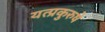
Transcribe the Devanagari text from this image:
यत्प्रकुरुषे